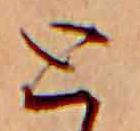
と